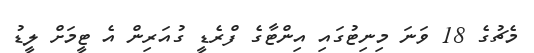
މެޗުގެ 18 ވަނަ މިނިޓުގައި އިންޓާގެ ފްރެޑީ ގުއަރިން އެ ޓީމަށް ލީޑު